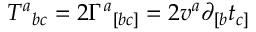
T ^ { a } { } _ { b c } = 2 \Gamma ^ { a } { } _ { [ b c ] } = 2 v ^ { a } \partial _ { [ b } t _ { c ] }